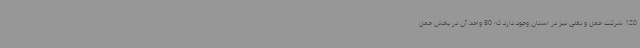
120 شرکت حمل و نقلی نیز در استان وجود دارد که 80 واحد آن در بخش حمل